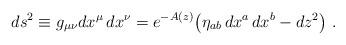
LaTeX: \begin{align*}ds^2\equiv g_{\mu\nu}dx^\mu\,dx^\nu=e^{-A(z)}\big(\eta_{ab}\,dx^a\,dx^b-dz^2\big)\ .\end{align*}